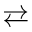
\rightleftarrows